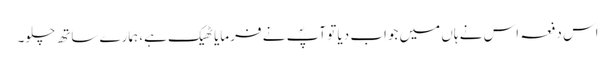
اس دفعہ اس نے ہاں میں جواب دیا تو آپؐ نے فرمایا ٹھیک ہے، ہمارے ساتھ چلو۔